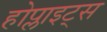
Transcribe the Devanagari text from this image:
होप्लाइट्स